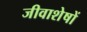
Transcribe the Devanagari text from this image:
जीवाशेषों